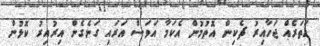
ހަތަރެއް ޖަހާއިރު ޗެކިން އޮތުމުން އެކަމާ އަވަސް އަރައި ގަނެގެން އިރުއިރު ކޮޅުން